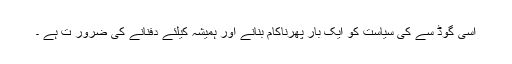
اسی گوڈ سے کی سیاست کو ایک بار پھرناکام بنانے اور ہمیشہ کیلئے دفنانے کی ضرور ت ہے ۔